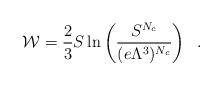
LaTeX: \begin{align*}{\cal W} = \frac{2}{3} S \ln \left( \frac{S^{N_c}}{(e\Lambda^3)^{N_c}} \right) \;\;.\end{align*}